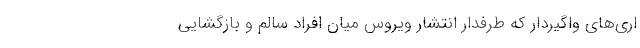
اری‌های واگیردار که طرفدار انتشار ویروس میان افراد سالم و بازگشایی